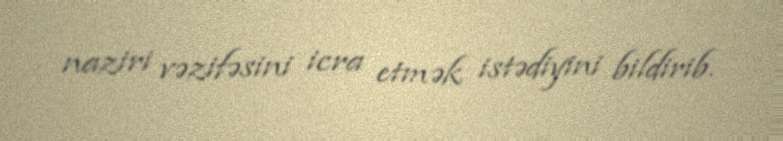
naziri vəzifəsini icra etmək istədiyini bildirib.